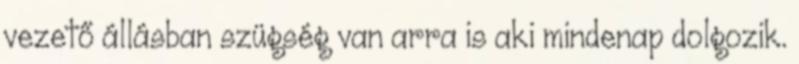
vezető állásban szügség van arra is aki mindenap dolgozik.